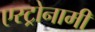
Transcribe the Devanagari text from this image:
एस्ट्रोनामी